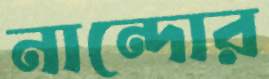
নান্দোর